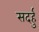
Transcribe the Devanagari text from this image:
सदर्हु